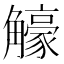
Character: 𧥉